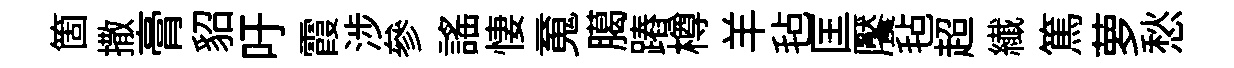
箇撒膏貂吁霞涉參謡悽䰟臈蹖樽羊毡匡饜毡超纎篤萝愁